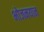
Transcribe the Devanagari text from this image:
भोजनयान